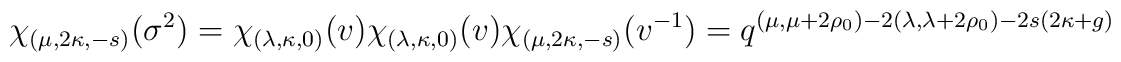
\chi_{(\mu,2\kappa,-s)}(\sigma^2)=\chi_{(\lambda,\kappa,0)}(v)\chi_{(\lambda,\kappa,0)}(v)\chi_{(\mu,2\kappa,-s)}(v^{-1})=q^{(\mu,\mu+2\rho_0)-2(\lambda,\lambda+2\rho_0)-2s(2\kappa+g)}